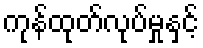
ကုန်ထုတ်လုပ်မှုနှင့်